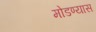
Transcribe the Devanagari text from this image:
मोडण्यास